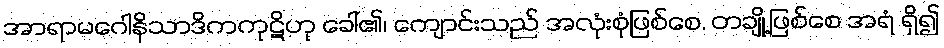
အာရာမဂေါနိသာဒိကကုဋိဟု ခေါ်၏၊ ကျောင်းသည် အလုံးစုံဖြစ်စေ, တချို့ဖြစ်စေ အရံ ရှိ၍